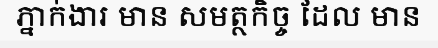
ភ្នាក់ងារ មាន សមត្ថកិច្ច ដែល មាន